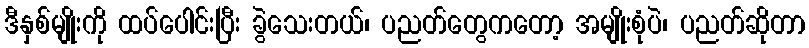
ဒီနှစ်မျိုးကို ထပ်ပေါင်းပြီး ခွဲသေးတယ်၊ ပညတ်တွေကတော့ အမျိုးစုံပဲ၊ ပညတ်ဆိုတာ